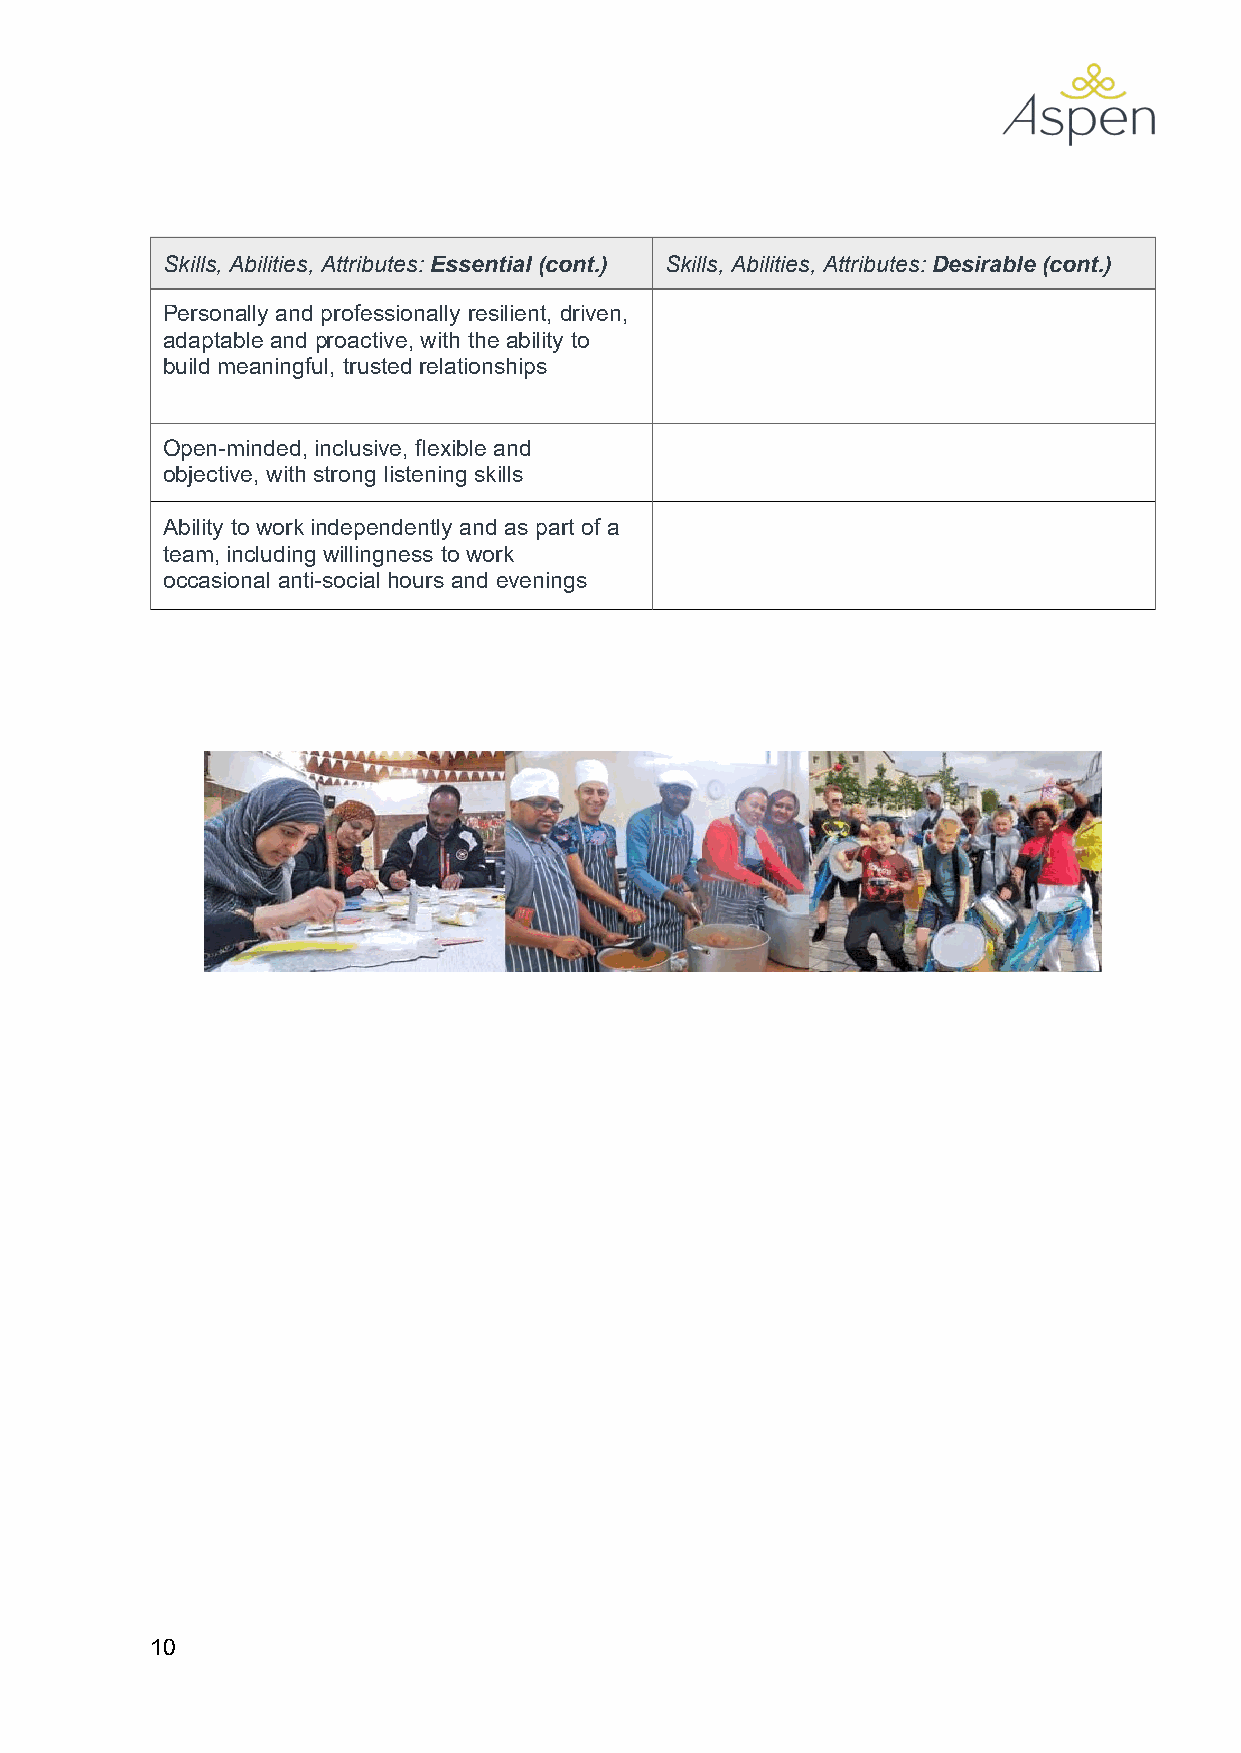
Skills, Abilities, Attributes: Essential (cont.) Skills, Abilities, Attributes: Desirable (cont.)
 Personally and professionally resilient, driven,
 adaptable and proactive, with the ability to
 build meaningful, trusted relationships
 Open-minded, inclusive, flexible and
 objective, with strong listening skills
 Ability to work independently and as part of a
 team, including willingness to work
 occasional anti-social hours and evenings
 10